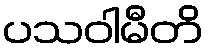
ပသဝါမီတိ